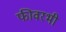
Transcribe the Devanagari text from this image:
फीवरभी